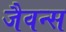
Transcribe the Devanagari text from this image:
जैवन्स